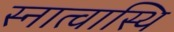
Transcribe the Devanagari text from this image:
स्नात्वास्थि